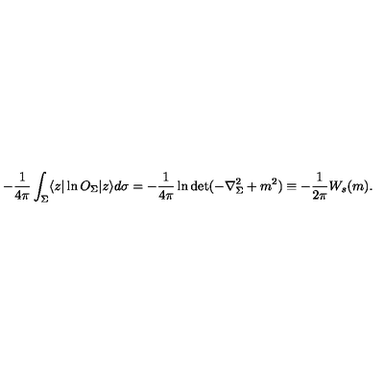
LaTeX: - { \frac { 1 } { 4 \pi } } \int _ { \Sigma } \langle z | \ln O _ { \Sigma } | z \rangle d \sigma = - { \frac { 1 } { 4 \pi } } \ln \det ( - \nabla _ { \Sigma } ^ { 2 } + m ^ { 2 } ) \equiv - { \frac { 1 } { 2 \pi } } W _ { s } ( m ) .